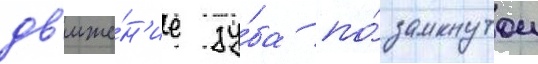
дв'иже́н'ие зу́ба по́ замкнутои